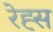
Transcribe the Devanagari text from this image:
रेह्स